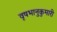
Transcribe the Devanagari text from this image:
वृषभानुकुमारी